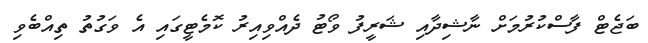
ބަޖެޓް ފާސްކުރުމަށް ނާޝިދާއި ޝަރީފު ވޯޓު ދެއްވިއިރު ކޮމެޓީގައި އެ ވަގުތު ތިއްބެވި